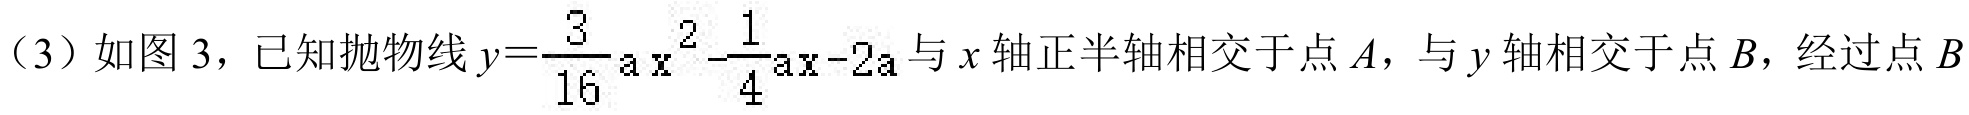
（3）如图 3，已知抛物线$y = \frac{3}{16}ax^{2}-\frac{1}{4}ax - 2a$与$x$轴正半轴相交于点$A$，与$y$轴相交于点$B$，经过点$B$